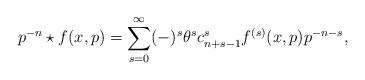
LaTeX: \begin{align*}p^{-n} \star f(x,p) = \sum _{s=0}^{\infty} (-)^{s} \theta ^{s} c_{n+s-1}^{s} f^{(s)}(x,p) p^{-n-s},\end{align*}